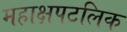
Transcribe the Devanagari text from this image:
महाक्षपटलिक